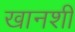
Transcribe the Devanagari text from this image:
खानशी